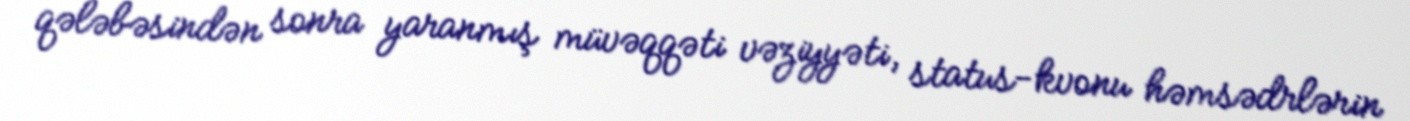
qələbəsindən sonra yaranmış müvəqqəti vəziyyəti, status-kvonu həmsədrlərin